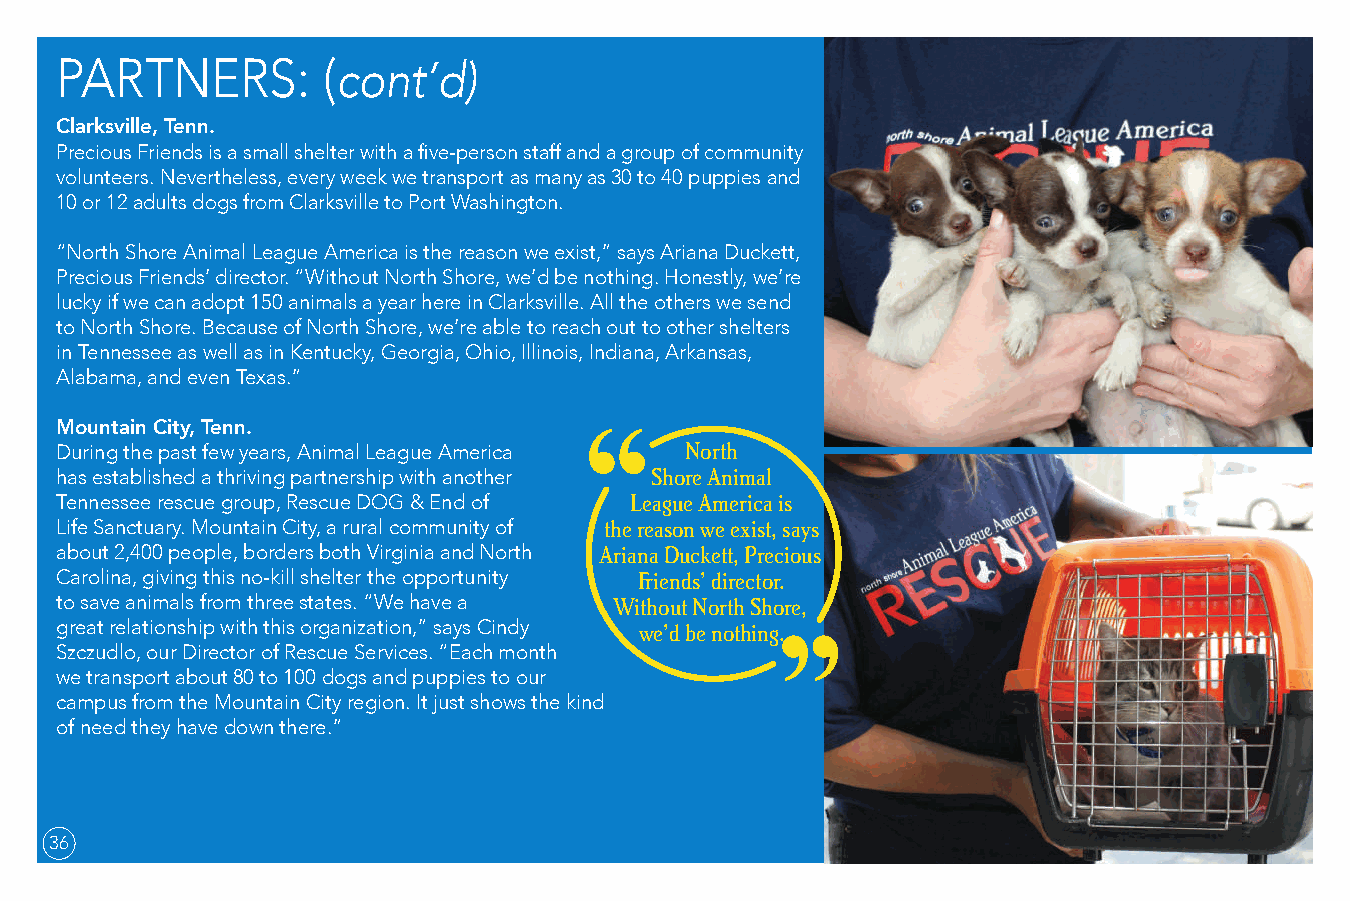
PARTNERS:        (cont’d)
 Clarksville, Tenn.
 Precious Friends is a small shelter with a five-person staff and a group of community
 volunteers. Nevertheless, every week we transport as many as 30 to 40 puppies and
 10 or 12 adults dogs from Clarksville to Port Washington.
 “North Shore Animal League America is the reason we exist,” says Ariana Duckett,
 Precious Friends’ director. “Without North Shore, we’d be nothing. Honestly, we’re
 lucky if we can adopt 150 animals a year here in Clarksville. All the others we send
 to North Shore. Because of North Shore, we’re able to reach out to other shelters
 in Tennessee as well as in Kentucky, Georgia, Ohio, Illinois, Indiana, Arkansas,
 Alabama, and even Texas.”
 Mountain City, Tenn.
 During the past few years, Animal League America North
 has established a thriving partnership with another Shore Animal
 Tennessee rescue group, Rescue DOG & End of League America is
 Life Sanctuary. Mountain City, a rural community of the reason we exist, says
 about 2,400 people, borders both Virginia and North Ariana Duckett, Precious
 Carolina, giving this no-kill shelter the opportunity Friends’ director.
 to save animals from three states. “We have a Without North Shore,
 great relationship with this organization,” says Cindy we’d be nothing.
 Szczudlo, our Director of Rescue Services. “Each month
 we transport about 80 to 100 dogs and puppies to our
 campus from the Mountain City region. It just shows the kind
 of need they have down there.”
 36